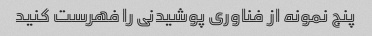
پنج نمونه از فناوری پوشیدنی را فهرست کنید